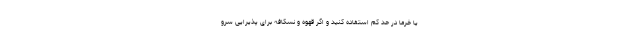
یا خرما در حد کم استفاده کنید و اگر قهوه و نسکافه برای پذیرایی سرو